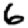
Digit: 6